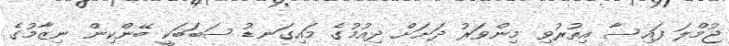
ޖުމްލަ ފައިސާ އިތުރުވި މިންވަރު ދަށަށް ދިއުމުގެ މައިގަނޑު ސަބަބަކީ ބޭންކިން ނިޒާމުގެ